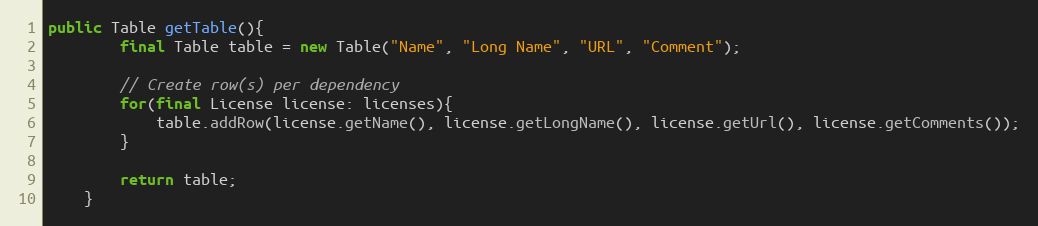
Language: Java
public Table getTable(){
        final Table table = new Table("Name", "Long Name", "URL", "Comment");

        // Create row(s) per dependency
        for(final License license: licenses){
            table.addRow(license.getName(), license.getLongName(), license.getUrl(), license.getComments());
        }

        return table;
    }